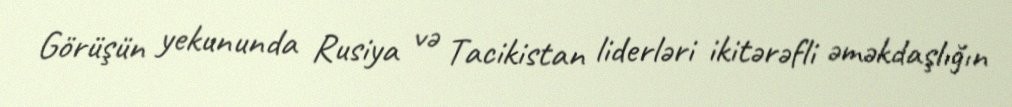
Görüşün yekununda Rusiya və Tacikistan liderləri ikitərəfli əməkdaşlığın